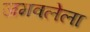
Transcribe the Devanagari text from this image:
जमवलेला